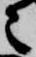
々